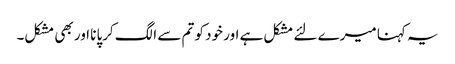
یہ کہنا میرے لئے مشکل ہے اور خود کو تم سے الگ کرپانا اور بھی مشکل۔